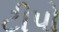
ટીપો